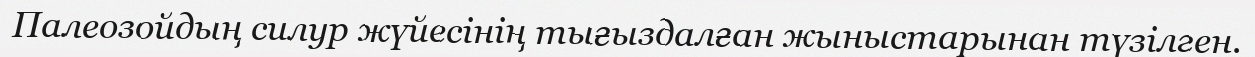
Палеозойдың силур жүйесінің тығыздалған жыныстарынан түзілген.